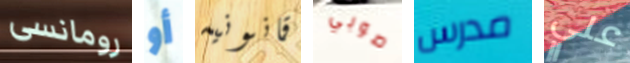
رومانسى أو قانونيه صوبي مدرس علي